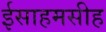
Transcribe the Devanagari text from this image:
ईसाहमसीह